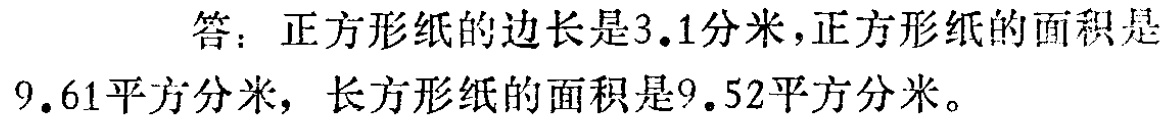
答：正方形纸的边长是\(3.1\)分米，正方形纸的面积是\(9.61\)平方分米，长方形纸的面积是\(9.52\)平方分米。